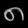
Digit: ၈